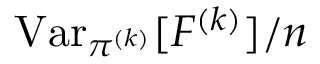
\operatorname { V a r } _ { \pi ^ { ( k ) } } [ F ^ { ( k ) } ] / n